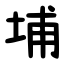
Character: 埔